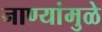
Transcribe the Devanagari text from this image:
नाण्यांमुळे